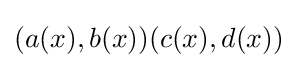
(a(x),b(x))(c(x),d(x))